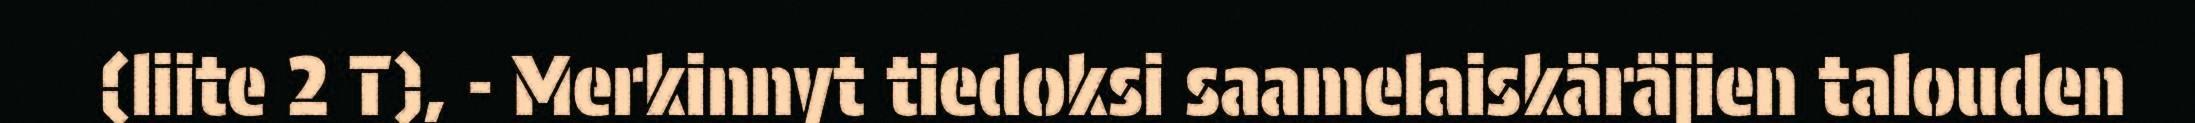
(liite 2 T), - Merkinnyt tiedoksi saamelaiskäräjien talouden